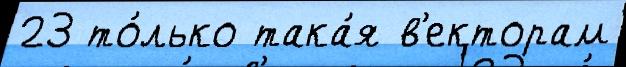
23 то́лько така́я в'екторам